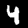
Label: 4